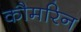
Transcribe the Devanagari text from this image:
कौमरिन